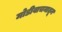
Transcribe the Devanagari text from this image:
मोडीवाचनातून